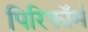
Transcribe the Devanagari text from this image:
पिरिफॉर्म